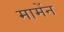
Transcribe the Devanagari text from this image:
मामेंन